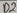
Text: D1